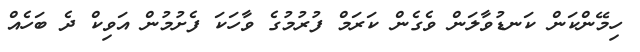
ހިމޭންކަން ކަނޑުވާލަން ވެގެން ކަރަމް ފުރުމުގެ ވާހަކަ ފެށުމުން އަވިކް ދެ ބަހެއް